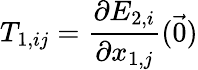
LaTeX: T_{1,ij}=\frac{\partial E_{2,i}}{\partial x_{1,j}}(\vec{0})